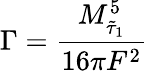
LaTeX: \Gamma=\frac{M_{\tilde{\tau}_{1}}^{5}}{16\pi F^{2}}\;